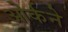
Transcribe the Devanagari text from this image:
ओर्कने